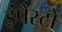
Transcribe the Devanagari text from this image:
इंपैस्टो